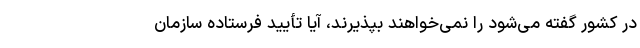
در کشور گفته می‌‌شود را نمی‌خواهند بپذیرند، آیا تأیید فرستاده سازمان